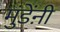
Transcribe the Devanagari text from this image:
मुंडेंऩी